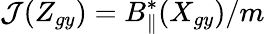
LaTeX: {\mathcal{J}}(Z_{gy})=B_{\parallel}^{*}(X_{gy})/m